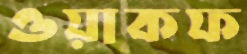
ওয়াকফ